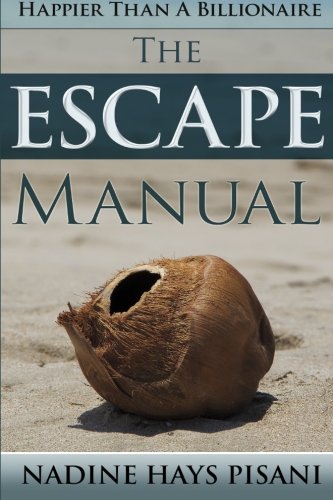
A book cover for Happier Than A Billionaire: The Escape Manual (Volume 3); Nadine Hays Pisani; Travel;